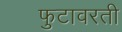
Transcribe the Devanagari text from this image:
फुटावरती